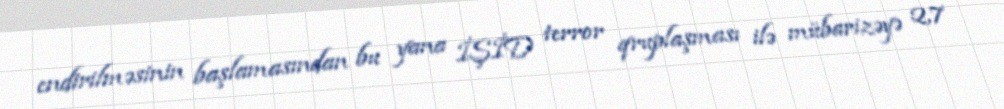
endirilməsinin başlamasından bu yana İŞİD terror qruplaşması ilə mübarizəyə 2,7